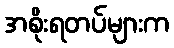
အစိုးရတပ်များက